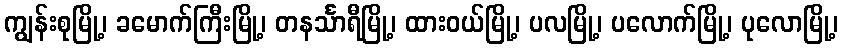
ကျွန်းစုမြို့၊ ခမောက်ကြီးမြို့၊ တနင်္သာရီမြို့၊ ထားဝယ်မြို့၊ ပလမြို့၊ ပလောက်မြို့၊ ပုလောမြို့၊